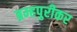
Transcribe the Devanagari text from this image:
ब्रम्हपुरीकर